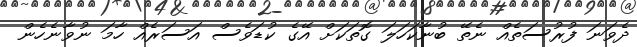
ދެވަނަ ފުރުސަތެއް ނެތޭ ބުނާކަހަލަ ގޮތަކަށް އޭގެ ކުޑަވެސް އަސަރެއް ހާމަ ނުވާނެހެން